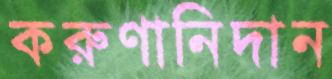
করুণানিদান